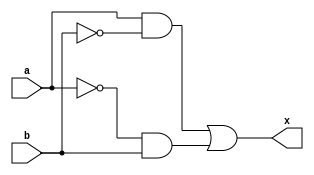
// XOR Gate Implementation
module exclusive_or (
	output x, 	// 1-bit output called x
	input a, 	// 1-bit input called a
	input b		// 1-bit input called b
);
	wire temp_first, temp_second, not_a, not_b;

	not not_b_op(not_b, b);
	and first(temp_first, a, not_b);
	not not_a_op(not_a, a);
	and second(temp_second, not_a, b);
	or result(x, temp_first, temp_second);
endmodule